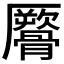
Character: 𩪜